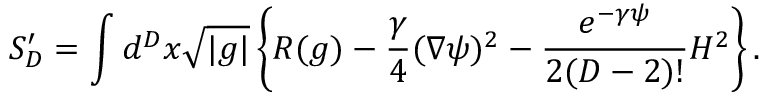
S _ { D } ^ { \prime } = \int d ^ { D } x \sqrt { | g | } \left\{ R ( g ) - \frac { \gamma } 4 ( \nabla \psi ) ^ { 2 } - \frac { e ^ { - \gamma \psi } } { 2 ( D - 2 ) ! } H ^ { 2 } \right\} .